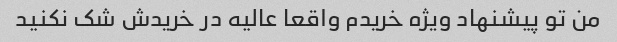
من تو پیشنهاد ویژه خریدم واقعا عالیه در خریدش شک نکنید